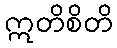
ဣတိစိတိ